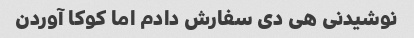
نوشیدنی هی دی سفارش دادم اما کوکا آوردن